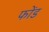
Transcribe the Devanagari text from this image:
फोंड